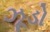
ઝૂડો